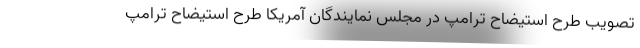
تصویب طرح استیضاح ترامپ در مجلس نمایندگان آمریکا طرح استیضاح ترامپ